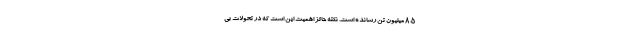
۸.۵ میلیون تن رسانده است. نکته حائز اهمیت این است که در تحولات بی